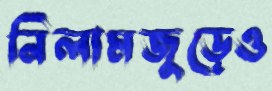
নিলামজুড়েও